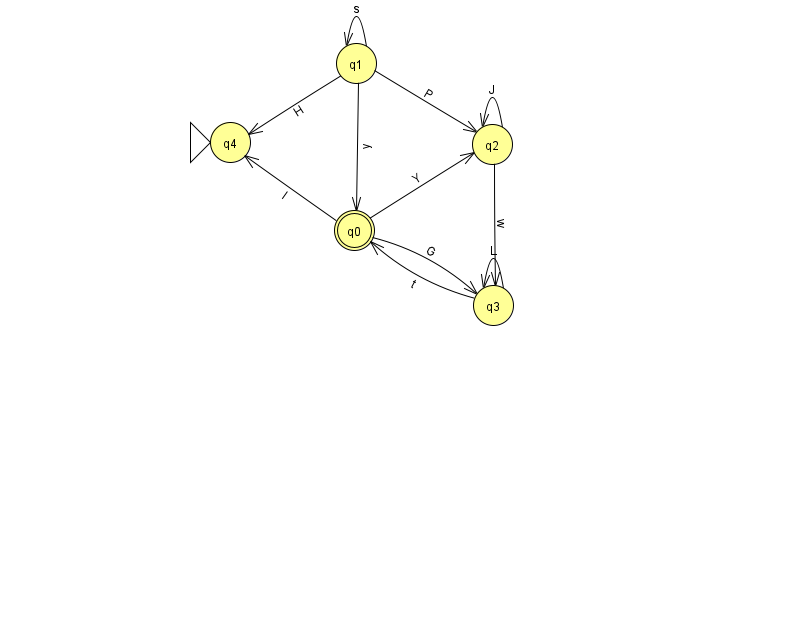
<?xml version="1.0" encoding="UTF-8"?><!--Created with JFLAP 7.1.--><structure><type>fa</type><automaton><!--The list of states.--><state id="0" name="q0"><x>354.0</x><y>217.0</y><final/></state><state id="1" name="q1"><x>356.0</x><y>50.0</y></state><state id="2" name="q2"><x>492.0</x><y>131.0</y></state><state id="3" name="q3"><x>493.0</x><y>292.0</y></state><state id="4" name="q4"><x>230.0</x><y>129.0</y><initial/></state><!--The list of transitions.--><transition><from>0</from><to>2</to><read>Y</read></transition><transition><from>1</from><to>1</to><read>s</read></transition><transition><from>1</from><to>0</to><read>y</read></transition><transition><from>3</from><to>0</to><read>t</read></transition><transition><from>1</from><to>2</to><read>P</read></transition><transition><from>1</from><to>4</to><read>H</read></transition><transition><from>0</from><to>3</to><read>G</read></transition><transition><from>0</from><to>4</to><read>I</read></transition><transition><from>2</from><to>2</to><read>J</read></transition><transition><from>3</from><to>3</to><read>L</read></transition><transition><from>2</from><to>3</to><read>w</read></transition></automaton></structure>